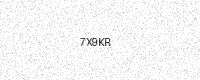
Text: 7X9KR